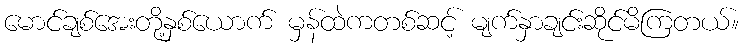
မောင်ချစ်အေးတို့နှစ်ယောက် မှန်ထဲကတစ်ဆင့် မျက်နှာချင်းဆိုင်မိကြတယ်။